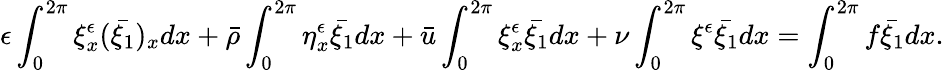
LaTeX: \epsilon\int_{0}^{2\pi}\xi_{x}^{\epsilon}(\bar{\xi_{1}})_{x}dx+\bar{\rho}\int_{0}^{2\pi}\eta_{x}^{\epsilon}\bar{\xi_{1}}dx+\bar{u}\int_{0}^{2\pi}\xi_{x}^{\epsilon}\bar{\xi_{1}}dx+\nu\int_{0}^{2\pi}\xi^{\epsilon}\bar{\xi_{1}}dx=\int_{0}^{2\pi}f\bar{\xi_{1}}dx.